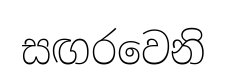
සඟරවෙනි